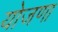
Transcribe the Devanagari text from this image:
योजणा